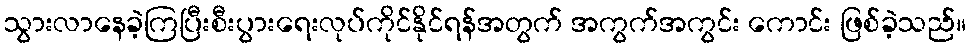
သွားလာနေခဲ့ကြပြီးစီးပွားရေးလုပ်ကိုင်နိုင်ရန်အတွက် အကွက်အကွင်း ကောင်း ဖြစ်ခဲ့သည်။